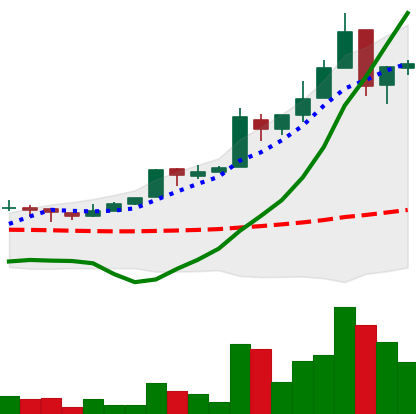
Ticker: EOS-USD
Chart end date: 2018-05-02
Forward return: -6.395%
Label: down_5_7